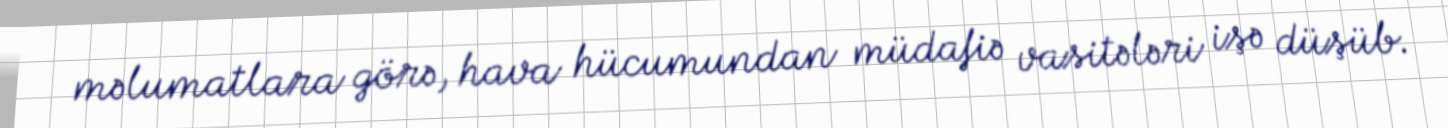
məlumatlara görə, hava hücumundan müdafiə vasitələri işə düşüb.